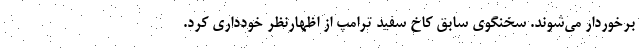
برخوردار می‌شوند. سخنگوی سابق کاخ سفید ترامپ از اظهارنظر خودداری کرد.